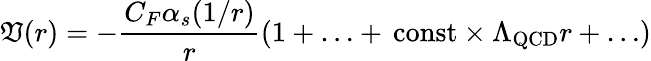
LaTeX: \mathfrak{V}(r)=-\frac{{C_{F}\alpha_{s}(1/r)}}{{r}}\left(1+\ldots+\, \mathrm{{const}}\times\Lambda_{\mathrm{{QCD}}}r+\ldots\right)